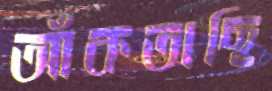
আঁকতাছি